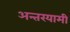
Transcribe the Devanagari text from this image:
अन्‍तरयामी